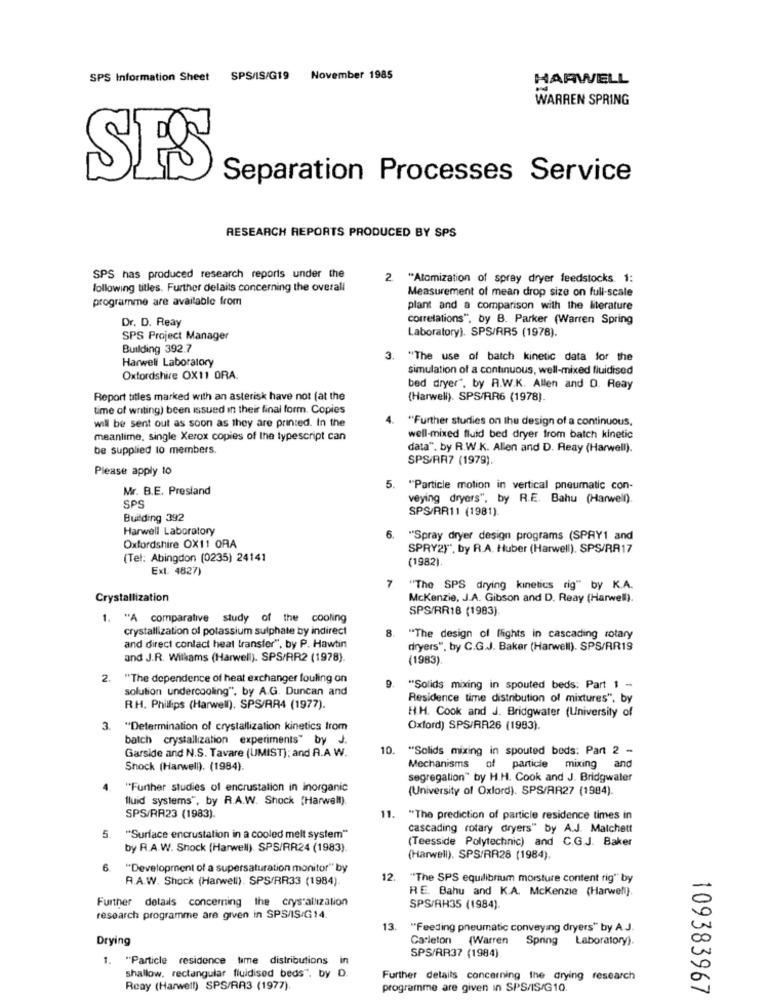
SPS Information Sheet
SPS/IS/G19 November 1985
HARWELL
WARREN SPRING
SES
Separation Processes Service
RESEARCH REPORTS PRODUCED BY SPS
SPS has produced research reports under the
2. "Atomization of spray dryer feedstocks. 1:
following titles. Further delails concerning the overall
Measurement of mean drop size on full-scale
programme are available from
plant and a comparison with the literature
Dr. D. Reay
correlations", by B. Parker (Warren Spring
Laboratory). SPS/RR5 (1978).
SPS Project Manager
Building 392.7
Harwell Laboratory
"The use of batch kinetic data for the
simulation of a continuous, well-mixed fluidised
Oxfordshire OX11 ORA.
bed dryer", by R.W.K. Allen and D. Reay
Report titles marked with an asterisk have not (at the
(Harwell). SPS/AR6 (1978).
time of writing) been issued in their final form. Copies
will be sent out as soon as they are printed. In the
4.
"Further studies on the design of a continuous,
meantime, single Xerox copies of the typescript can
well-mixed fluid bed dryer from batch kinetic
be supplied to members.
data", by R.W.K. Allen and D. Reay (Harwell).
SPS/AR7 (1979).
Please apply to
Mr. B.E. Presland
5. "Particle motion in vertical pneumatic con-
veying dryers", by R.E. Bahu (Harwell).
SPS
SPS/AR11 (1981).
Building 392
Harwell Laboratory
6. "Spray dryer design programs (SPRY1 and
Oxfordshire OX11 ORA
SPRY2)", by R.A. Huber (Harwell). SPS/RA17
(Tel: Abingdon (0235) 24141
(1982)
Ext. 4827)
7
""The SPS drying kinetics rig" by K.A.
Crystallization
Mckenzie, J.A. Gibson and D. Reay (Harwell).
SPS/RR18 (1983).
1. "A comparative study of the cooling
crystallization of potassium sulphate by indirect
8.
"The design of flights in cascading rotary
and direct contact heat transfer", by P. Hawtin
dryers", by C.G.J. Baker (Harwell). SPS/RR19
and J.R. Wilkams (Harwell). SPS/AR2 (1978).
(1983).
2.
"The dependence of heat exchanger fouling on
solution undercooling", by A.G. Duncan and
"Solids mixing in spouted beds: Part 1 -
Residence time distribution of mixtures", by
RH. Phillips (Harwell), SPS/AR4 (1977).
H.H. Cook and J. Bridgwater (University of
3. "Determination of crystallization kinetics trom
Oxford) SPS/RR26 (1983).
batch crystallization experiments" by J.
Garside and N.S. Tavare (UMIST): and A.A W.
10.
"Solids mixing in spouted beds: Part 2 -
Shock (Harwell). (1984).
Mechanisms
particle mixing and
segregation" by H.H. Cook and J. Bridgwater
"Further studies of encrustation in inorganic
(University of Oxford). SPS/AR27 (1984).
fluid systems", by R.A.W. Shock (Harwell).
SPS/RR23 (1983).
11. "The prediction of particle residence times in
cascading rotary dryers" by A.J. Matchett
5.
"Surface encrustation in a cooled melt system"
(Teesside Polytechnic) and C.G.J. Baker
by R.A.W. Shock (Harwell) SPS/RR24 (1983)
(Harwell). SPS/RR28 (1984).
6.
"Development of a supersaturation monitor" by
R.A.W. Shock (Harwell). SPS/RR33 (1984).
12.
"The SPS equilibrium moisture content rig" by
RE. Bahu and K.A. Mckenzie (Harwell).
Further details concerning the crystallization
SPS/AH35 (1984).
research programme are given in SPS/IS/G14.
. "Feeding pneumatic conveying dryers" by A J.
Drying
Carleton (Warren
Spring Laboratory).
1. "Particle residence time distributions in
SPS/RR37 (1984)
shallow, rectangular fluidised beds", by D.
Further details concerning the drying research
Reay (Harwell) SPS/RA3 (1977)
programme are given in SPS/IS/G10.
109383967